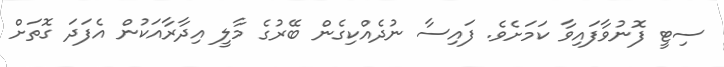
ސިޓީ ފޮނުވާފައިވާ ކަމަށެވެ. ފައިސާ ނުދެއްކިގެން ބޭރުގެ މާލީ އިދާރާއަކުން އެފަދަ ގޮތަށް